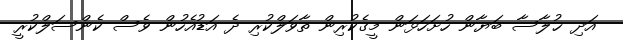
އަދި ޚުލާސާ ބަޔާން ހުށަހަޅަން މީގެކުރިން ތާވަލްކުރި ދެ އަޑުއެހުން ވެސް ކެންސަލްކުރީ